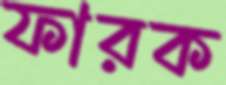
ফারক